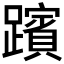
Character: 𮜞